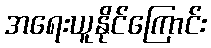
အရေးယူနိုင်ကြောင်း